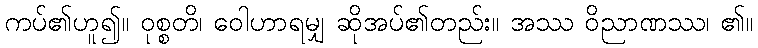
ကပ်၏ဟူ၍။ ဝုစ္စတိ၊ ဝေါဟာရမျှ ဆိုအပ်၏တည်း။ အဿ ဝိညာဏဿ၊ ၏။